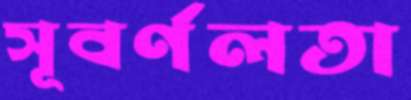
সূবর্ণলতা